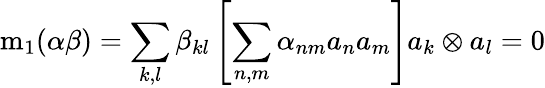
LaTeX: \mathrm{m}_{1}(\alpha\beta)=\sum_{k,l}\beta_{kl}\left[\sum_{n,m}\alpha_{nm}a_{n}a_{m}\right]a_{k}\otimes a_{l}=0